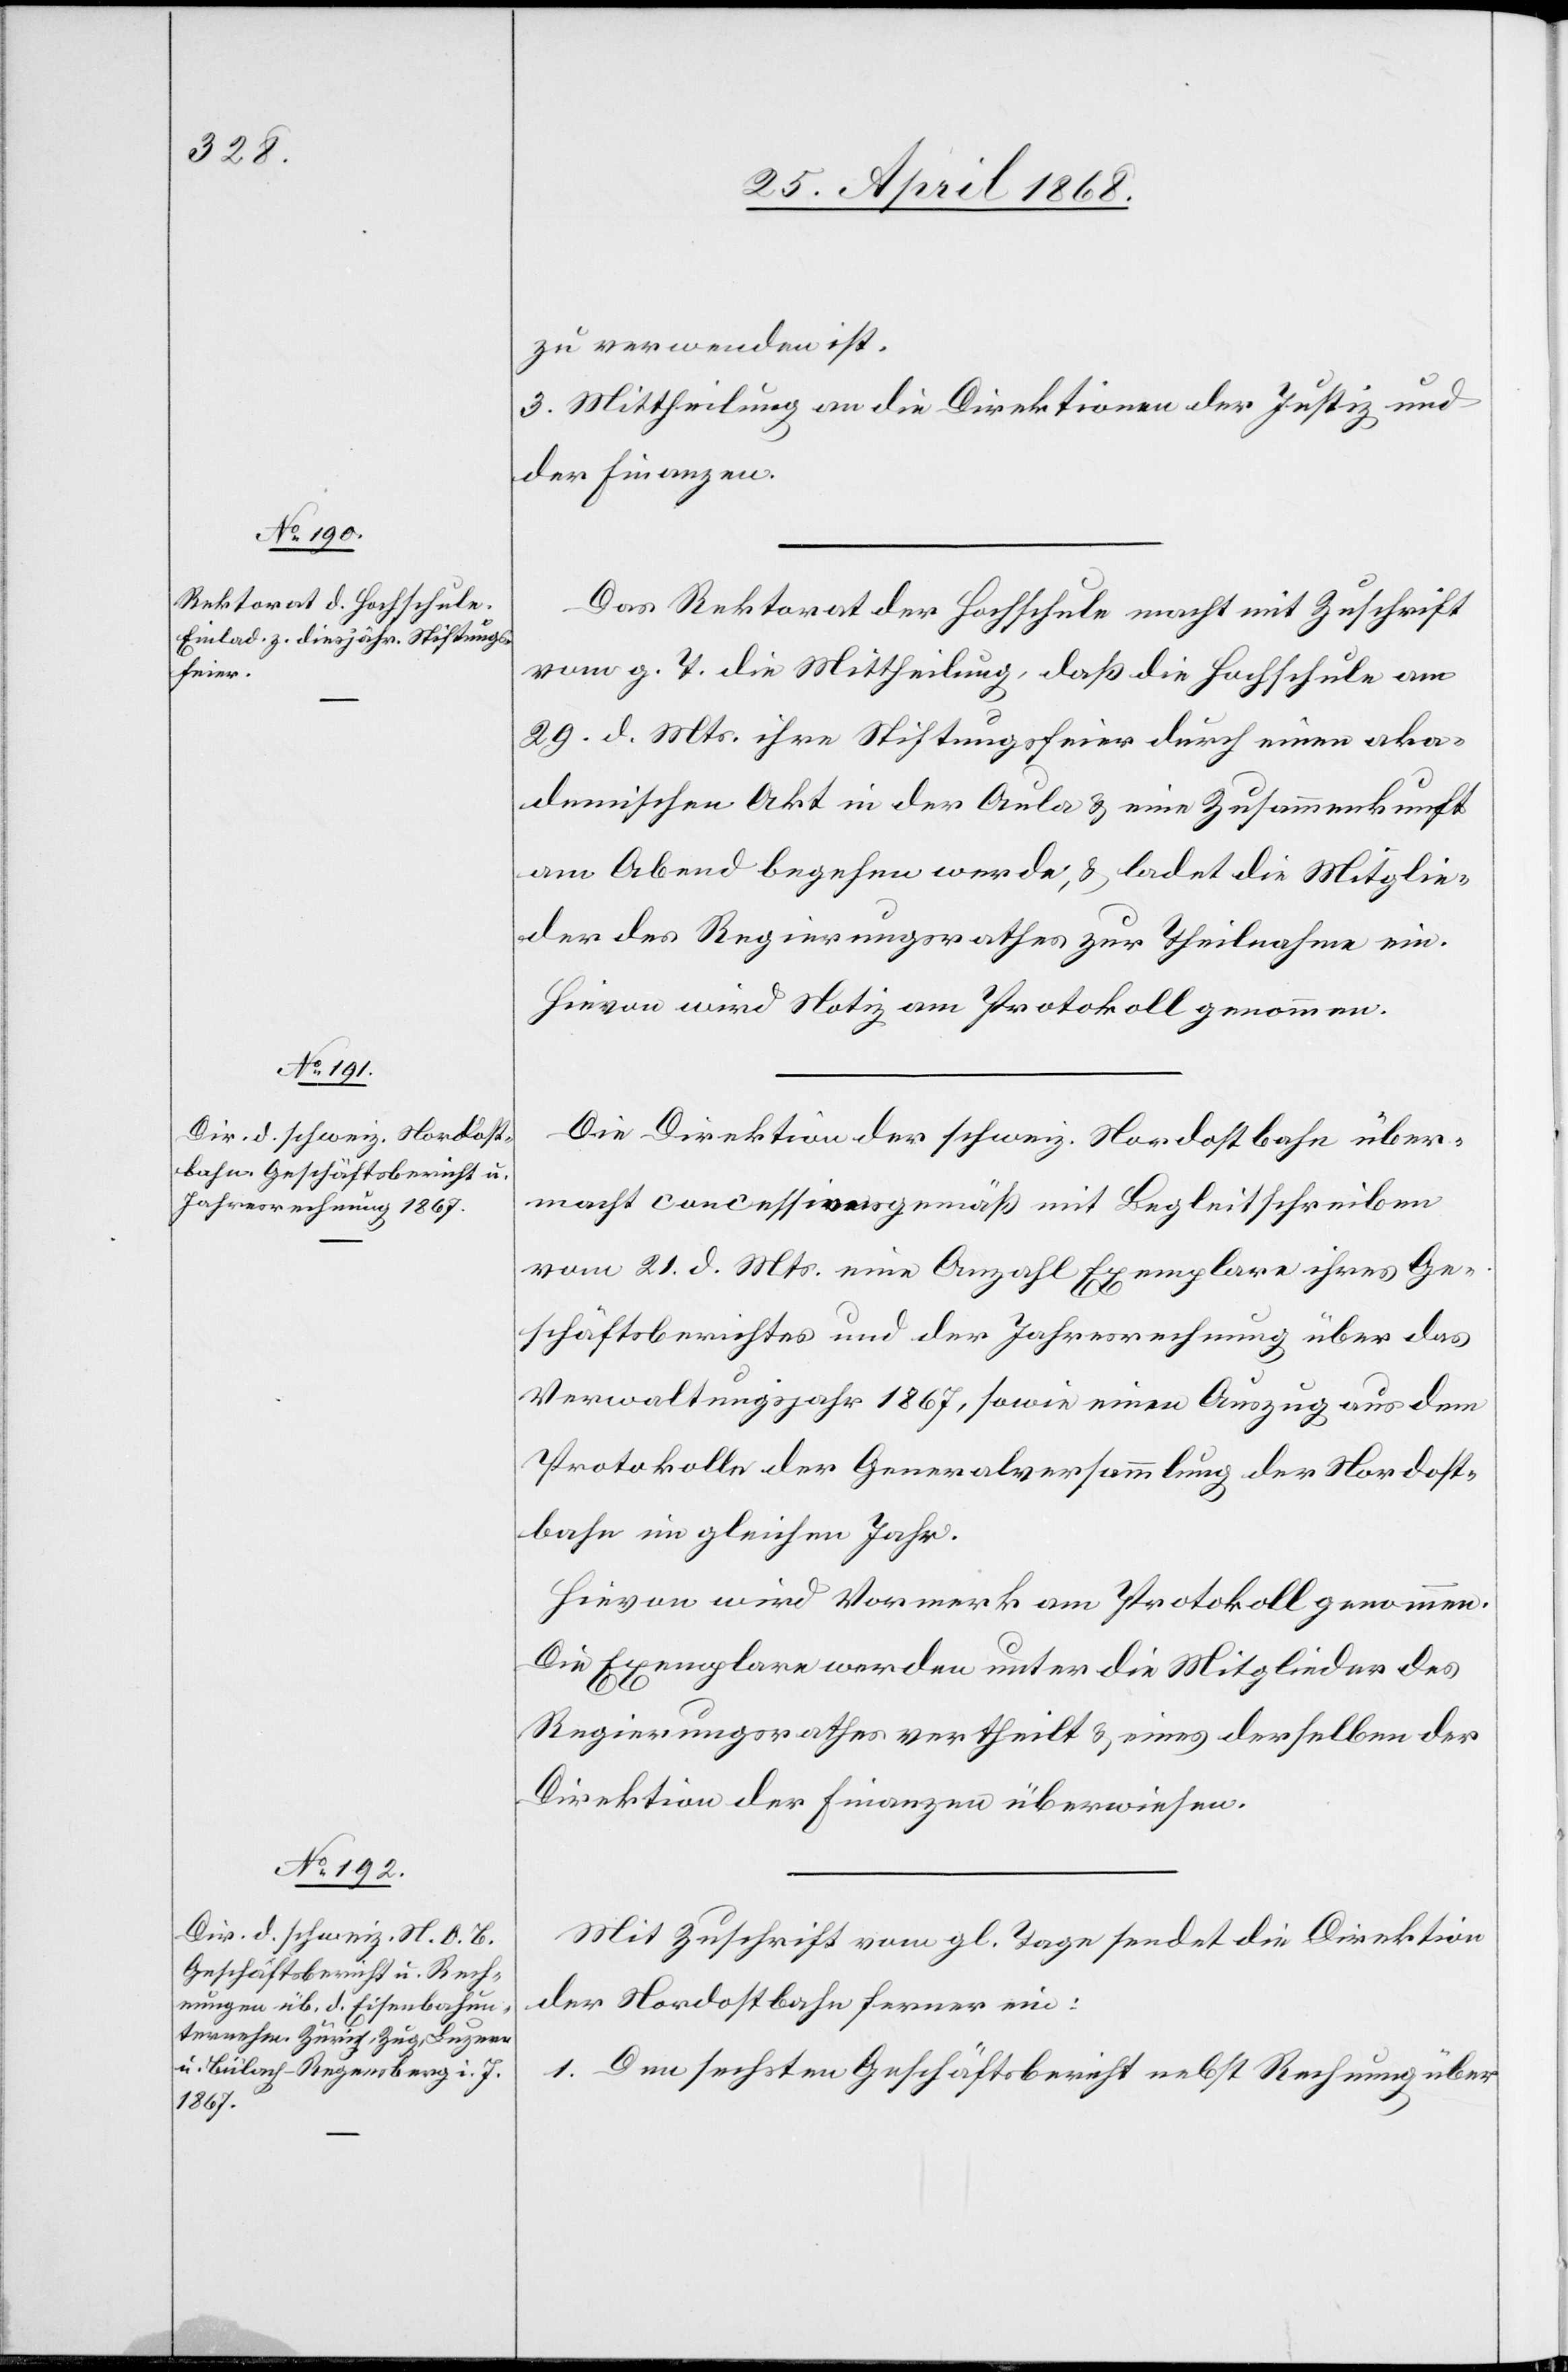
zu verwenden ist.
3. Mittheilung an die Direktionen der Justiz und
der Finanzen.
Das Rektorat der Hochschule macht mit Zuschrift
vom g. T. die Mittheilung, daß die Hochschule am
29. d. Mts. ihre Stiftungsfeier durch einen aka¬
demischen Akt in der Aula & eine Zusammenkunft
am Abend begehen werde, & ladet die Mitglie¬
der des Regierungsrathes zur Theilnahme ein.
Hievon wird Notiz am Protokoll genommen.
Die Direktion der schweiz. Nordostbahn über¬
macht concessionsgemäß mit Begleitschreiben
vom 21. d. Mts. eine Anzahl Exemplare ihres Ge¬
schäftsberichtes und der Jahresrechnung über das
Verwaltungsjahr 1867, sowie einen Auszug aus dem
Protokolle der Generalversammlung der Nordost¬
bahn im gleichen Jahr.
Hievon wird Vormerk am Protokoll genommen.
Die Exemplare werden unter die Mitglieder des
Regierungsrathes vertheilt & eines derselben der
Direktion der Finanzen überwiesen.
Mit Zuschrift vom gl. Tage sendet die Direktion
der Nordostbahn ferner ein:
Den sechsten Geschäftsbericht nebst Rechnung über